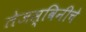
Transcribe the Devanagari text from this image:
तेजस्विनीचे